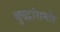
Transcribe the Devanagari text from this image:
बुद्धांसमोर